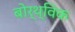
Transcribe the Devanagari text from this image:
बोर्थ्विक